38_143685_box7_Incident_Summaries_1-100
Agency: Department of War
Page 167
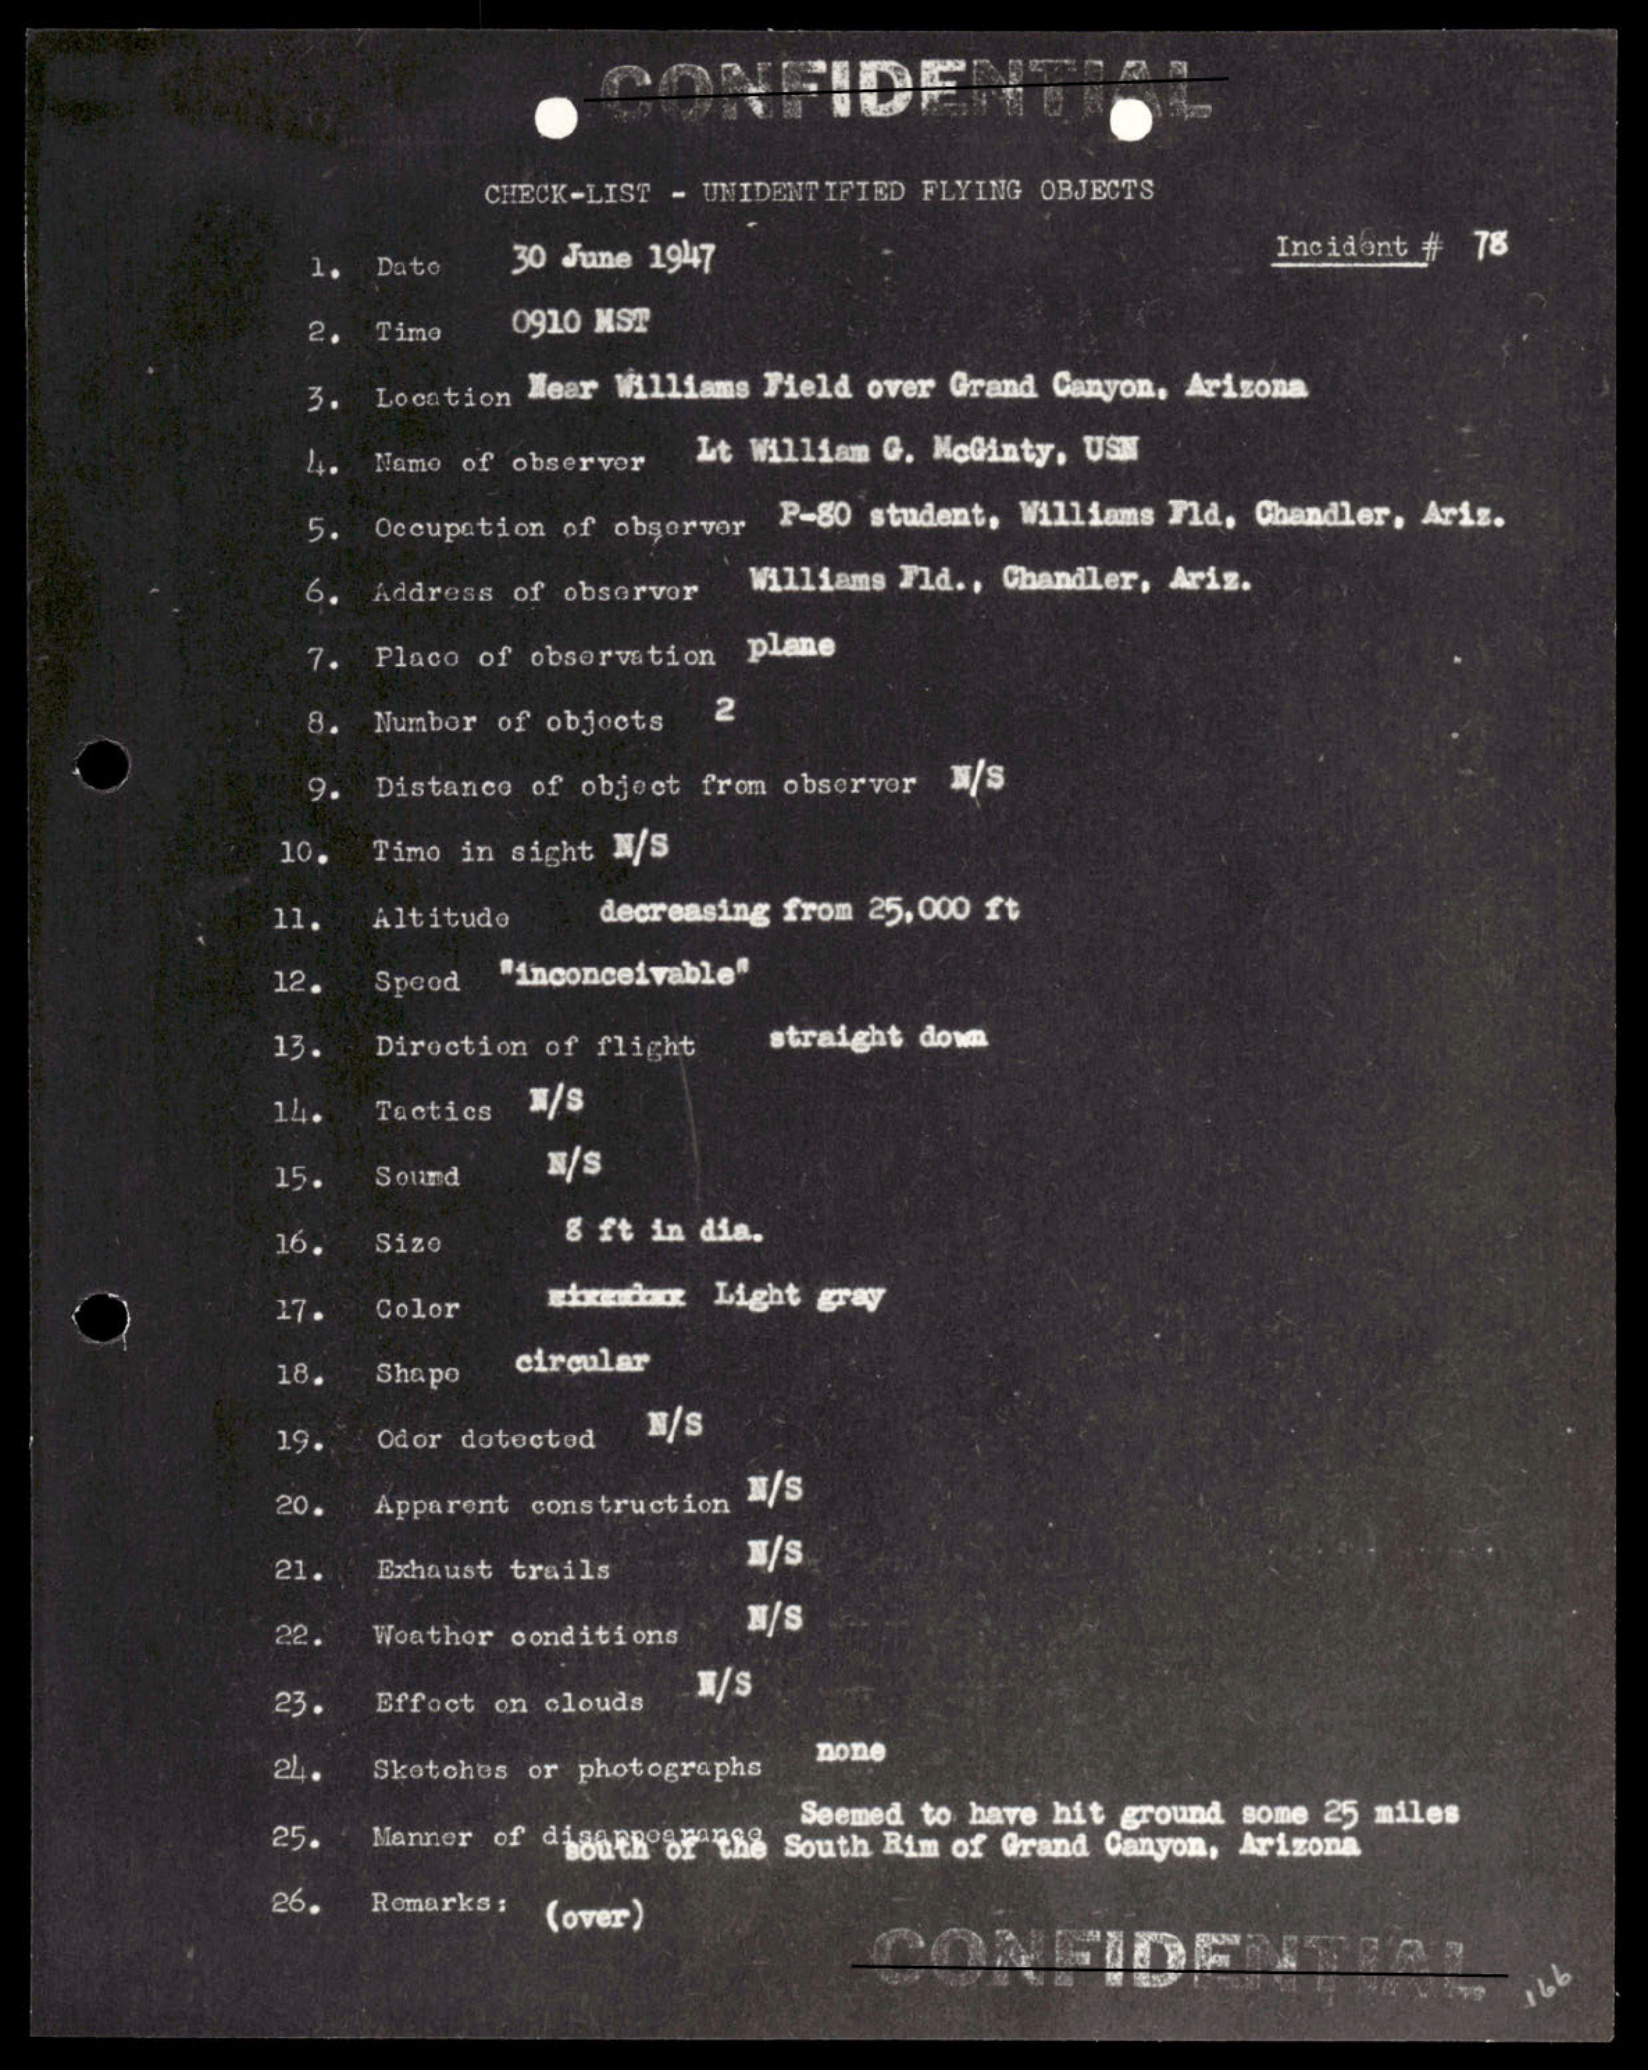